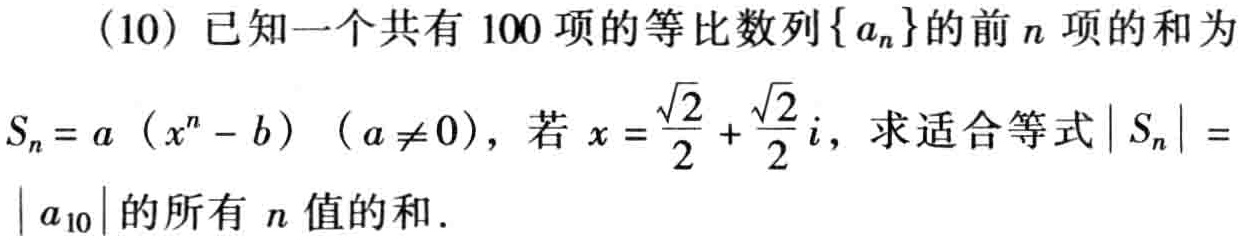
(10) 已知一个共有 100 项的等比数列\(\{ a_{n}\}\)的前\(n\)项的和为\(S_{n}=a\left(x^{n}-b\right)(a \neq 0)\)，若\(x = \frac{\sqrt{2}}{2}+\frac{\sqrt{2}}{2}i\)，求适合等式\(\vert S_{n}\vert=\vert a_{10}\vert\)的所有\(n\)值的和.